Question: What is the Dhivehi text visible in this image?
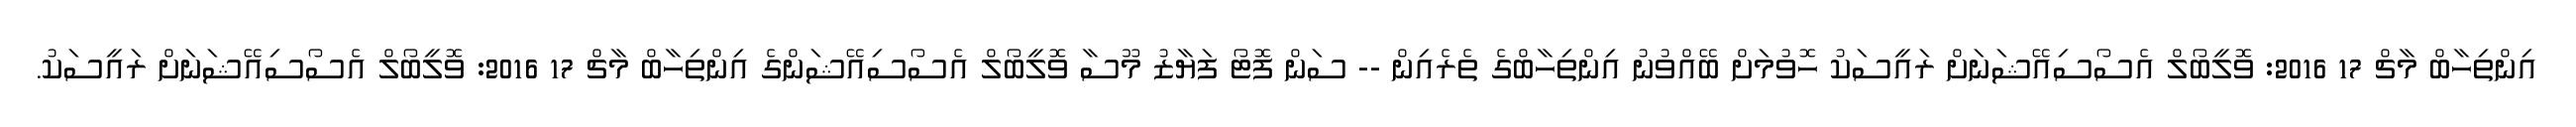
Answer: އިންތިހާބް މާޗް 17 2016: ވޮލީބޯލް އެސޯސިއޭޝަނަށް ރައީސަކު ހޮވުމަށް ބޭއްވުނު އިންތިހާބްގެ ތެރެއިން -- ސަން ފޮޓޯ ފަޔާޒު މޫސާ ވޮލީބޯލް އެސޯސިއޭޝަންގެ އިންތިހާބް މާޗް 17 2016: ވޮލީބޯލް އެސޯސިއޭޝަނަށް ރައީސަކު.